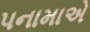
પનામાએ